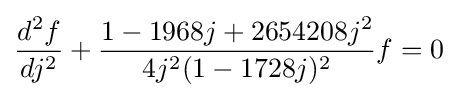
{\frac {d^{2}f}{dj^{2}}}+{\frac {1-1968j+2654208j^{2}}{4j^{2}(1-1728j)^{2}}}f=0